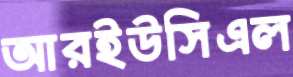
আরইউসিএল